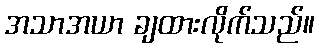
အသာအယာ ချထားလိုက်သည်။